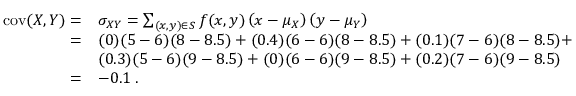
{ \begin{array} { r l } { \operatorname { c o v } ( X , Y ) = } & { \sigma _ { X Y } = \sum _ { ( x , y ) \in S } f ( x , y ) \left( x - \mu _ { X } \right) \left( y - \mu _ { Y } \right) } \\ { = } & { ( 0 ) ( 5 - 6 ) ( 8 - 8 . 5 ) + ( 0 . 4 ) ( 6 - 6 ) ( 8 - 8 . 5 ) + ( 0 . 1 ) ( 7 - 6 ) ( 8 - 8 . 5 ) + } \\ & { ( 0 . 3 ) ( 5 - 6 ) ( 9 - 8 . 5 ) + ( 0 ) ( 6 - 6 ) ( 9 - 8 . 5 ) + ( 0 . 2 ) ( 7 - 6 ) ( 9 - 8 . 5 ) } \\ { = } & { { - 0 . 1 } \; . } \end{array} }